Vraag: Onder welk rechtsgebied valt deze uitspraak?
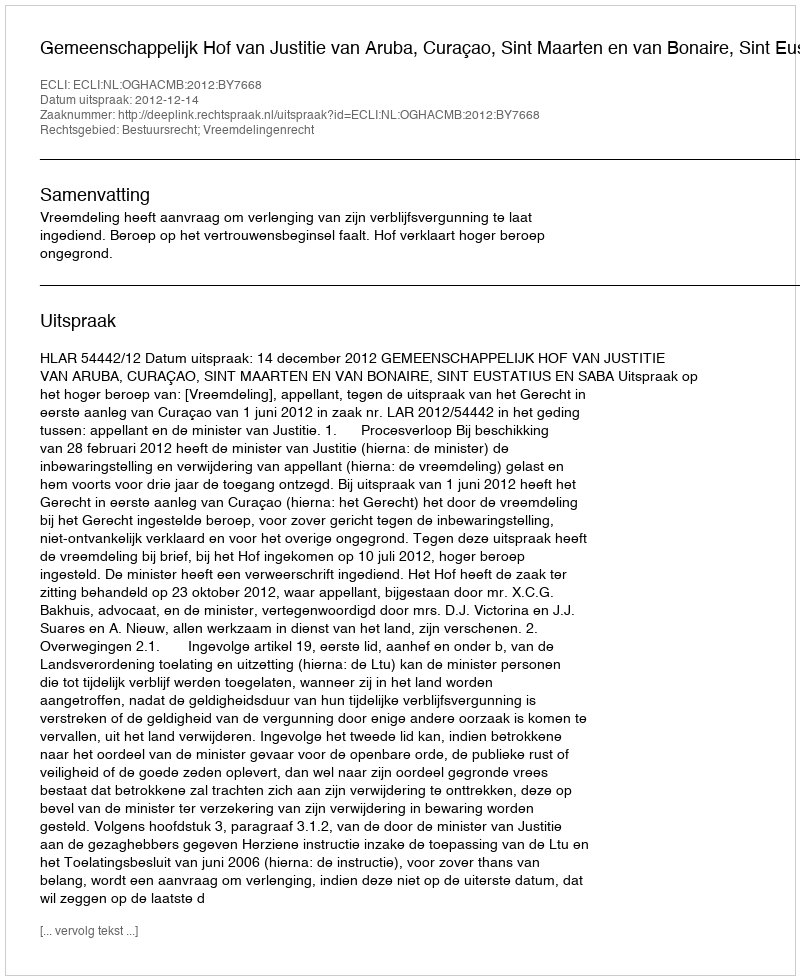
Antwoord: Bestuursrecht; Vreemdelingenrecht